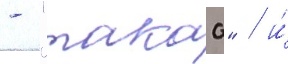
- "такао" / и́